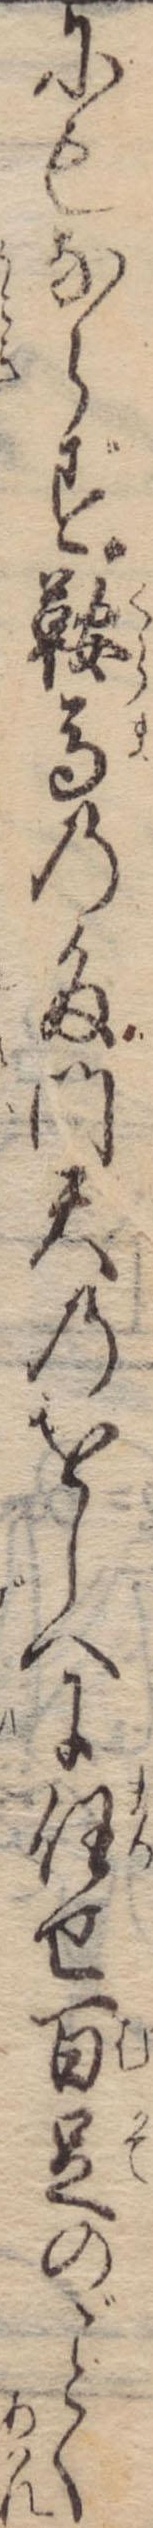
にもならず鞍馬の多門天のをしへに任せ百足のく